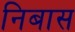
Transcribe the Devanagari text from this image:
निबास